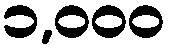
၁,၀၀၀